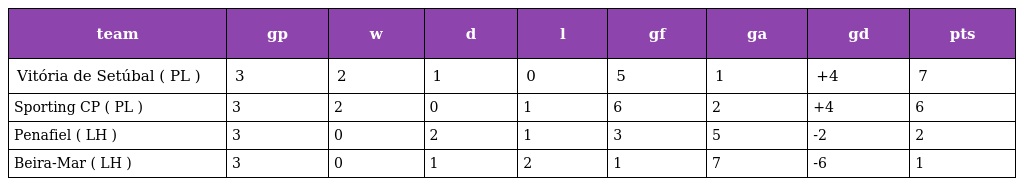
| team | gp | w | d | l | gf | ga | gd | pts |
 | --- | --- | --- | --- | --- | --- | --- | --- | --- |
 | Vitória de Setúbal ( PL ) | 3 | 2 | 1 | 0 | 5 | 1 | +4 | 7 |
 | Sporting CP ( PL ) | 3 | 2 | 0 | 1 | 6 | 2 | +4 | 6 |
 | Penafiel ( LH ) | 3 | 0 | 2 | 1 | 3 | 5 | -2 | 2 |
 | Beira-Mar ( LH ) | 3 | 0 | 1 | 2 | 1 | 7 | -6 | 1 |